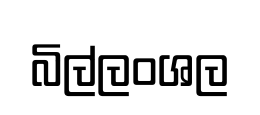
බිල්ලංශල